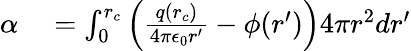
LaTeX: \begin{array}{rl}{\alpha}&{{}=\int_{0}^{r_{c}}\left(\frac{q(r_{c})}{4\pi\epsilon_{0}r^{\prime}}-\phi(r^{\prime})\right)4\pi r^{2}dr^{\prime}}\end{array}